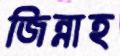
জিন্নাহ